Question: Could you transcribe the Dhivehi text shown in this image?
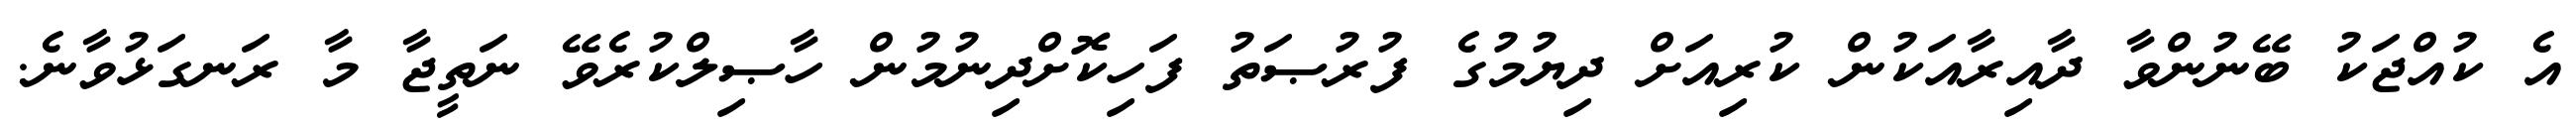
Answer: އެ ކުއްޖަކު ބޭނުންވާ ދާއިރާއަކުން ކުރިއަށް ދިޔުމުގެ ފުރުޞަތު ފަހިކޮށްދިނުމުން ހާޞިލްކުރެވޭ ނަތީޖާ މާ ރަނގަޅުވާނެ.